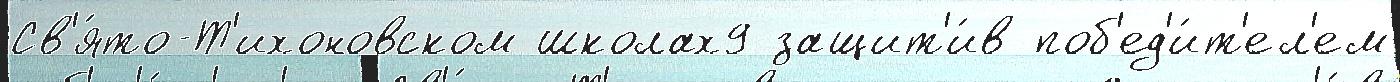
Св'я́то-Т'ихоновском школах9 защит'и́в поб'ед'и́т'ел'ем